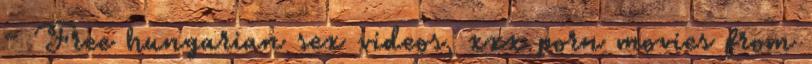
- Free hungarian sex videos, xxx porn movies from